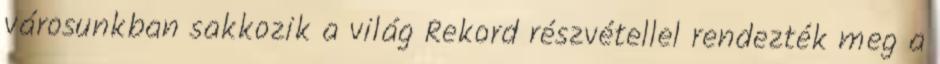
városunkban sakkozik a világ Rekord részvétellel rendezték meg a